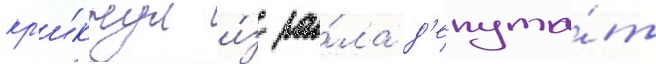
кр'и́кнул и́з за́ла д'епута́т